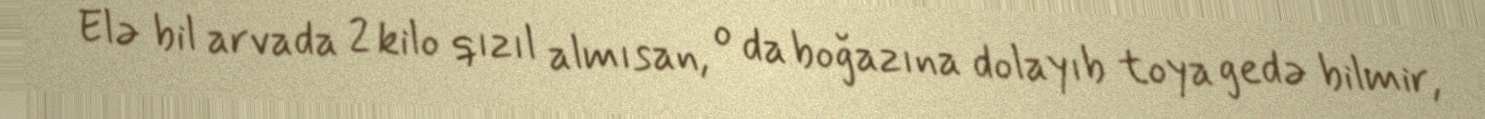
Elə bil arvada 2 kilo qızıl almısan, o da boğazına dolayıb toya gedə bilmir,